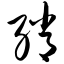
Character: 绡